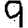
Digit: 9